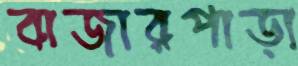
বাজারপাড়া